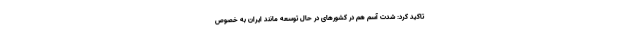
تاکید کرد: شدت آسم هم در کشورهای در حال توسعه مانند ایران به خصوص